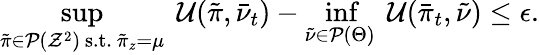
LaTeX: \operatorname*{sup}_{\tilde{\pi}\in\mathcal{P}(\mathcal{Z}^{2})\mathrm{~s.t.~}\tilde{\pi}_{z}=\mu}\; \mathcal{U}(\tilde{\pi},\bar{\nu}_{t})-\operatorname*{inf}_{\tilde{\nu}\in\mathcal{P}(\Theta)}\; \mathcal{U}(\bar{\pi}_{t},\tilde{\nu})\leq\epsilon.